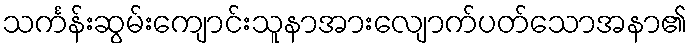
သင်္ကန်းဆွမ်းကျောင်းသူနာအားလျောက်ပတ်သောအနာ၏